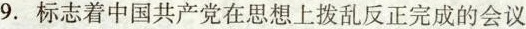
9.标志着中国共产党在思想上拨乱反正完成的会议